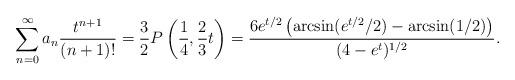
LaTeX: \begin{align*}\sum_{n=0}^\infty a_n \frac{t^{n+1}}{(n+1)!} = \frac{3}{2} P \left(\frac{1}{4}, \frac{2}{3}t \right) = \frac{6 e^{t/2} \left(\arcsin(e^{t/2}/2) - \arcsin(1/2) \right)}{(4- e^t)^{1/2}}.\end{align*}